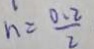
n = \frac { 0 . 2 } { 2 }